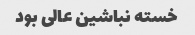
خسته نباشین عالی بود